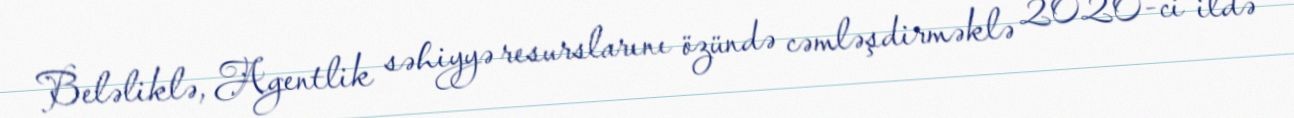
Beləliklə, Agentlik səhiyyə resurslarını özündə cəmləşdirməklə 2020-ci ildə